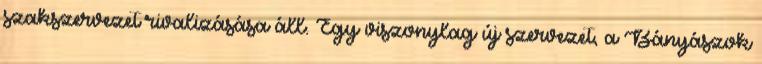
szakszervezet rivalizásása áll. Egy viszonylag új szervezet, a Bányászok